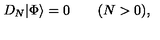
D _ { N } | \mathrm { \Phi } \rangle = 0 \qquad ( N > 0 ) ,